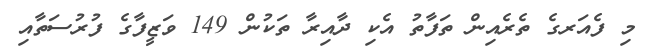
މި ފެއަރގެ ތެރެއިން ތަފާތު އެކި ދާއިރާ ތަކުން 149 ވަޒީފާގެ ފުރުސަތާއި